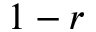
1 - r